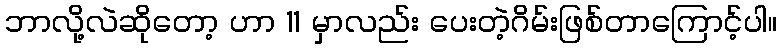
ဘာလို့လဲဆိုတော့ ဟာ 11 မှာလည်း ပေးတဲ့ဂိမ်းဖြစ်တာကြောင့်ပါ။